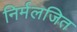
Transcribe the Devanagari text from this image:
निर्मलजित